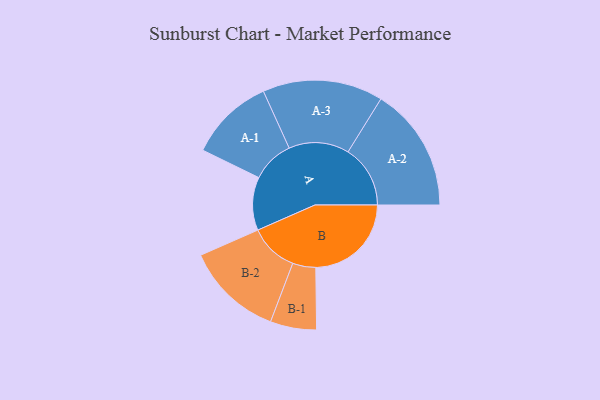
{"axis": {"x": "Segment", "y": "Value"}, "legend": ["", "A", "B"], "data": [{"x": "A", "y": 235, "type": ""}, {"x": "B", "y": 422, "type": ""}, {"x": "A-1", "y": 187, "type": "A"}, {"x": "A-2", "y": 275, "type": "A"}, {"x": "A-3", "y": 266, "type": "A"}, {"x": "B-1", "y": 102, "type": "B"}, {"x": "B-2", "y": 215, "type": "B"}]}